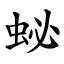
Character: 䖩